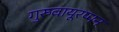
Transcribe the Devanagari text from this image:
गुरुवायूरप्पन